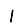
Digit: 1